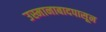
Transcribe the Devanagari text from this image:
उस्मानाबादपासून